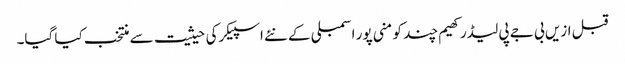
قبل ازیں بی جے پی لیڈر کھیم چند کو منی پور اسمبلی کے نئے اسپیکرکی حیثیت سے منتخب کیا گیا۔